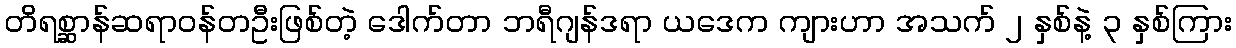
တိရစ္ဆာန်ဆရာဝန်တဦးဖြစ်တဲ့ ဒေါက်တာ ဘရီဂျန်ဒရာ ယဒေက ကျားဟာ အသက် ၂ နှစ်နဲ့ ၃ နှစ်ကြား